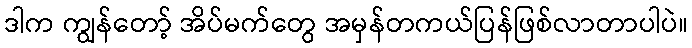
ဒါက ကျွန်တော့် အိပ်မက်တွေ အမှန်တကယ်ပြန်ဖြစ်လာတာပါပဲ။